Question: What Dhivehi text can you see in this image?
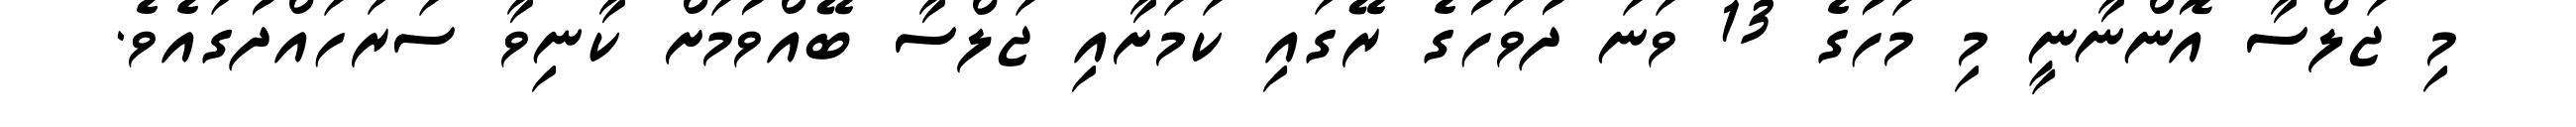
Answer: މި ޖަލްސާ އޮންނާނީ މި މަހުގެ 13 ވަނަ ދުވަހުގެ ރޭގައި ކަމަށާއި ޖަލްސާ ބޭއްވުމަށް ކާނިވާ ސަރަހައްދުގައެވެ.